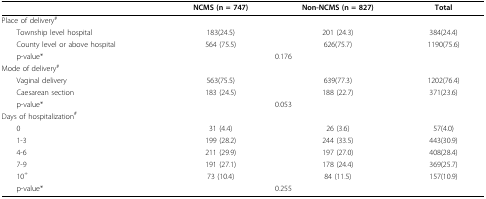
|  | NCMS (n = 747) | Non-NCMS (n = 827) | Total |
 | --- | --- | --- | --- |
 | Place of delivery# |  |  |  |
 | Township level hospital | 183(24.5) | 201 (24.3) | 384(24.4) |
 | County level or above hospital | 564 (75.5) | 626(75.7) | 1190(75.6) |
 | p-value* | <COLSPAN=2> 0.176 |  |
 | Mode of delivery# |  |  |  |
 | Vaginal delivery | 563(75.5) | 639(77.3) | 1202(76.4) |
 | Caesarean section | 183 (24.5) | 188 (22.7) | 371(23.6) |
 | p-value* | <COLSPAN=2> 0.053 |  |
 | Days of hospitalization# |  |  |  |
 | 0 | 31 (4.4) | 26 (3.6) | 57(4.0) |
 | 1-3 | 199 (28.2) | 244 (33.5) | 443(30.9) |
 | 4-6 | 211 (29.9) | 197 (27.0) | 408(28.4) |
 | 7-9 | 191 (27.1) | 178 (24.4) | 369(25.7) |
 | 10+ | 73 (10.4) | 84 (11.5) | 157(10.9) |
 | p-value* | <COLSPAN=2> 0.255 |  |